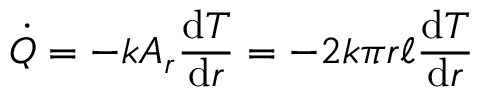
{ \dot { Q } } = - k A _ { r } { \frac { \mathrm { d } T } { \mathrm { d } r } } = - 2 k \pi r \ell { \frac { \mathrm { d } T } { \mathrm { d } r } }